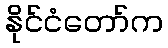
နိုင်ငံတော်က